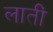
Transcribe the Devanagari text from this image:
लातीं